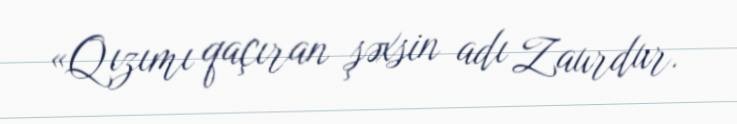
«Qızımı qaçıran şəxsin adı Zaurdur.